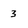
Character: 3